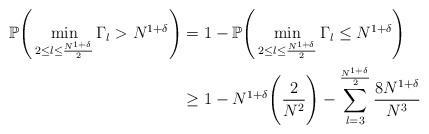
LaTeX: \begin{align*}\mathbb{P} \Bigg(\min\limits_{2 \leq l \leq \frac{N^{1+\delta}}{2}} \Gamma_{l} > N^{1+\delta} \Bigg) & = 1 - \mathbb{P} \Bigg(\min\limits_{2 \leq l \leq \frac{N^{1+\delta}}{2}} \Gamma_{l} \leq N^{1+\delta} \Bigg) \\ & \geq 1 - N^{1+\delta} \Bigg(\frac{2}{N^{2}}\Bigg) - \sum\limits_{l=3}^{\frac{N^{1+\delta}}{2}} \frac{8N^{1+\delta}}{N^{3}}\end{align*}